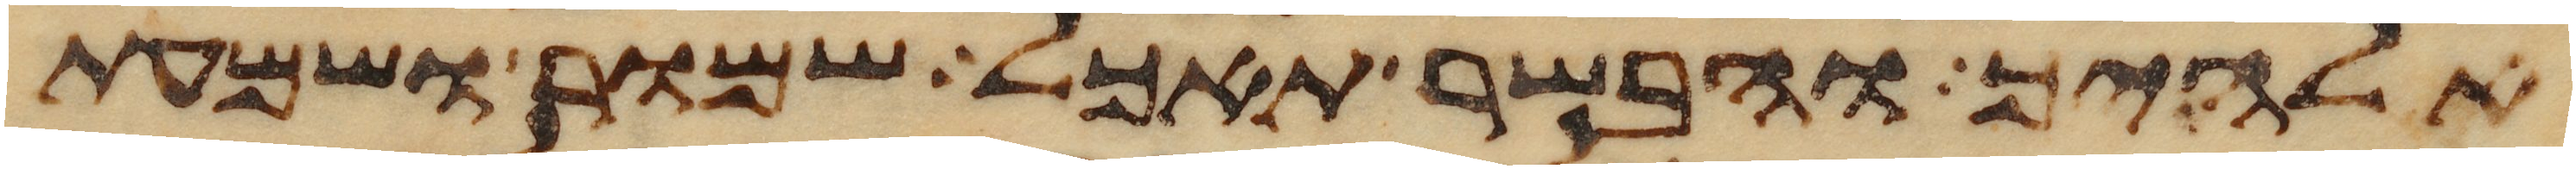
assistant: אלהיך והבשר תאכל שמור ושמעת